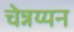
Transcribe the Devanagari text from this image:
चेन्नय्यन